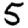
Digit: 5